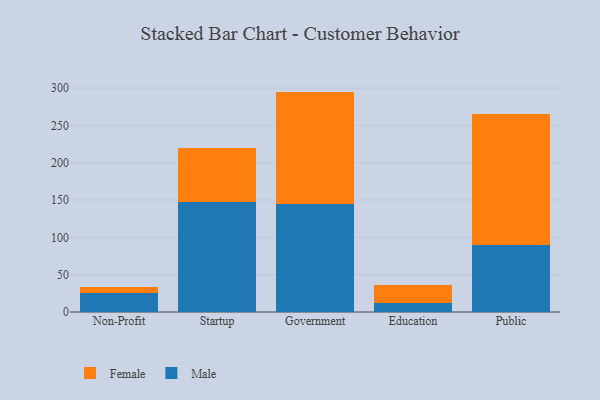
{"axis": {"x": "Segment", "y": "Waste Production (Tons)"}, "legend": ["Female", "Male"], "data": [{"x": "Non-Profit", "y": 26.0, "type": "Male"}, {"x": "Non-Profit", "y": 7.6, "type": "Female"}, {"x": "Startup", "y": 147.5, "type": "Male"}, {"x": "Startup", "y": 71.5, "type": "Female"}, {"x": "Government", "y": 144.1, "type": "Male"}, {"x": "Government", "y": 151.1, "type": "Female"}, {"x": "Education", "y": 12.3, "type": "Male"}, {"x": "Education", "y": 24.4, "type": "Female"}, {"x": "Public", "y": 89.4, "type": "Male"}, {"x": "Public", "y": 176.4, "type": "Female"}]}